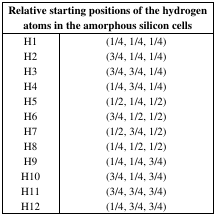
<table><thead><tr><td colspan="2"><b>Relative starting positions of the hydrogen atoms in the amorphous silicon cells</b></td></tr></thead><tbody><tr><td>H1</td><td>(1/4, 1/4, 1/4)</td></tr><tr><td>H2</td><td>(3/4, 1/4, 1/4)</td></tr><tr><td>H3</td><td>(3/4, 3/4, 1/4)</td></tr><tr><td>H4</td><td>(1/4, 3/4, 1/4)</td></tr><tr><td>H5</td><td>(1/2, 1/4, 1/2)</td></tr><tr><td>H6</td><td>(3/4, 1/2, 1/2)</td></tr><tr><td>H7</td><td>(1/2, 3/4, 1/2)</td></tr><tr><td>H8</td><td>(1/4, 1/2, 1/2)</td></tr><tr><td>H9</td><td>(1/4, 1/4, 3/4)</td></tr><tr><td>H10</td><td>(3/4, 1/4, 3/4)</td></tr><tr><td>H11</td><td>(3/4, 3/4, 3/4)</td></tr><tr><td>H12</td><td>(1/4, 3/4, 3/4)</td></tr></tbody></table>